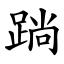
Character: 䠀